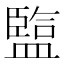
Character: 𥂭